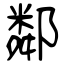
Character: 鄰